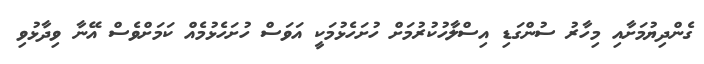
ގެންދިޔުމަށާއި މިހާރު ސުންގަޑި އިސްލާހުކުރުމަށް ހުށަހެޅުމަކީ އަވަސް ހުށަހެޅުމެއް ކަމަށްވެސް އޭނާ ވިދާޅުވި